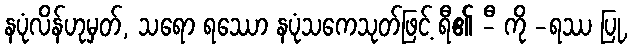
နပုံလိန်ဟုမှတ်, သရော ရဿော နပုံသကေသုတ်ဖြင့် ရီ၏ -ီ ကို -ရဿ ပြု,